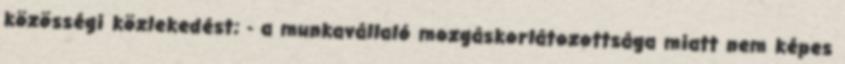
közösségi közlekedést; - a munkavállaló mozgáskorlátozottsága miatt nem képes